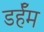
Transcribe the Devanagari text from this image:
डर्हॅम